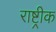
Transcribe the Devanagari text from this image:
राष्ट्रीक